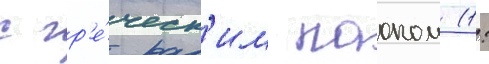
с гр'е́ческ'им паоком (1: